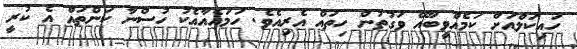
ހައިކަލްއަށް ކަމެއްވީބާއޭ ވަގުތުން ހިތައް އެރިއެވެ. ހަމައެއާއެކު ހުސްނާ ކަންތައް އެ ކުރީ